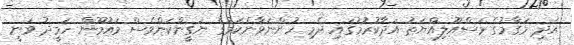
އަދި މަގާމުގެ މަސްއޫލިއްޔަތު އަދާކުރުމުގައި ދެމި ހުންނަވާނެކަމުގެ ޔަގީންކަންވެސް މައުމޫން ހަމީދު ވަނީ